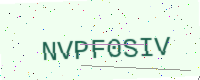
Text: NVPF0SIV